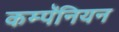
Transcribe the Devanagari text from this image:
कम्पॅनियन